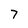
Character: 7